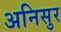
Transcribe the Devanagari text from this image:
अनिसुर